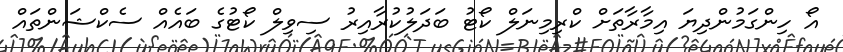
އޯ ހިންގަމުންދިޔަ އިމާރާތަށް ކްރިމިނަލް ކޯޓު ބަދަލުކުރާއިރު ސިވިލް ކޯޓުގެ ބައެއް ސެކްޝަންތައް